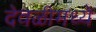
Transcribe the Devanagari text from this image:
देवळीमध्ये